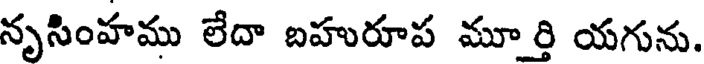
నృసింహము లేదా బహురూప మూర్తి యగును.